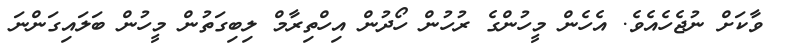
ވާކަށް ނުޖެހެއެވެ. އެހެން މީހުންގެ ރުހުން ހޯދުން އިހްތިރާމް ލިބިގަތުން މީހުން ބަލައިގަންނަ